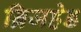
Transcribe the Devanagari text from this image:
ब्रिजहेड